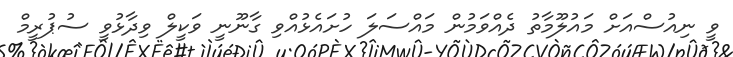
ވީ ނިއުސްއަށް މައުލޫމާތު ދެއްވަމުން މައްސަލަ ހުށައެޅުއްވި ގާނޫނީ ވަކީލް ވިދާޅުވީ ސުޕުރީމް